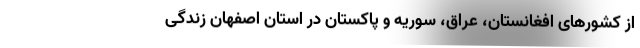
از کشورهای افغانستان، عراق، سوریه و پاکستان در استان اصفهان زندگی